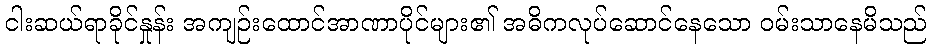
ငါးဆယ်ရာခိုင်နှုန်း အကျဉ်းထောင်အာဏာပိုင်များ၏ အဓိကလုပ်ဆောင်နေသော ဝမ်းသာနေမိသည်